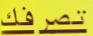
تصرفك